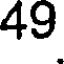
49